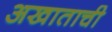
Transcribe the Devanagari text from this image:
अखाताची